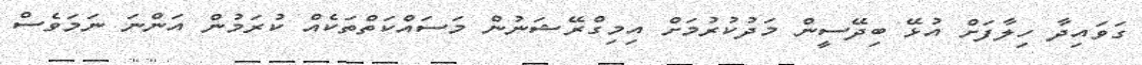
ގަވައިދާ ހިލާފަށް އުޅޭ ބިދޭސީން މަދުކުރުމަށް އިމިގްރޭޝަނުން މަސައްކަތްތަކެއް ކުރަމުން އަންނަ ނަމަވެސް